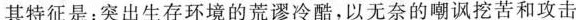
其特征是：突出生存环境的荒谬冷酷，以无奈的嘲讽挖苦和攻击